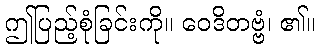
ဤပြည့်စုံခြင်းကို။ ဝေဒိတဗ္ဗံ၊ ၏။